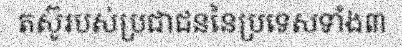
តស៊ូរបស់ប្រជាជននៃប្រទេសទាំង៣